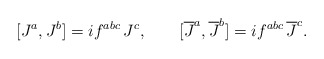
\begin{align*}[J^a,J^b]=if^{abc}\,J^c,\qquad[\overline{J}^a,\overline{J}^b]=if^{abc}\,\overline{J}^c.\end{align*}